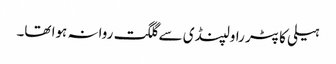
ہیلی کاپٹر راولپنڈی سے گلگت روانہ ہوا تھا۔